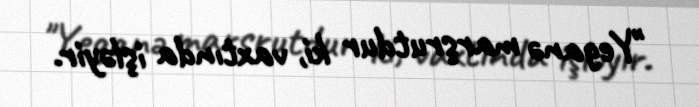
"Yeganə marşrutdur ki, vaxtında işləyir.